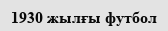
1930 жылғы футбол